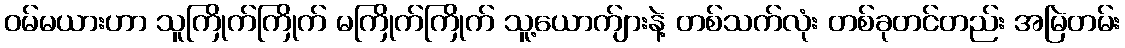
ဝမ်မယားဟာ သူကြိုက်ကြိုက် မကြိုက်ကြိုက် သူ့ယောက်ျားနဲ့ တစ်သက်လုံး တစ်ခုတင်တည်း အမြဲတမ်း